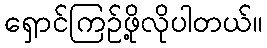
ရှောင်ကြဉ်ဖို့လိုပါတယ်။